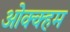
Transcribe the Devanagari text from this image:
ओक्क्हम